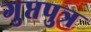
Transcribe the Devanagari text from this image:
गुप्तपुत्र